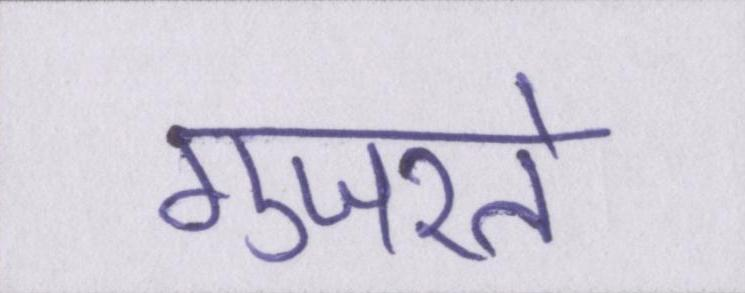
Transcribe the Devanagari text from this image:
गुजरते